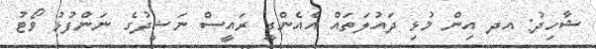
ޝާހިދު: އދ އިން މުޅި ދައުލަތައް އެއެންގީ ރައީސް ނަޝީދުގެ ނަންފުޅު ވޯޓު